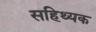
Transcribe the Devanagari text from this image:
सहिथ्यक